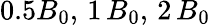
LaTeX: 0.5B_{0},\, 1\, B_{0},\, 2\, B_{0}